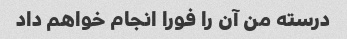
درسته من آن را فورا انجام خواهم داد